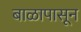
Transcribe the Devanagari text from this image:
बाळापासून